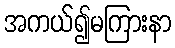
အကယ်၍မကြားနာ